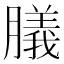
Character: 𦡫